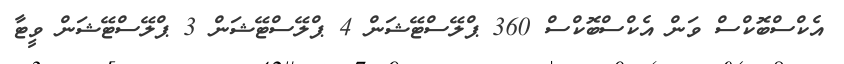
އެކްސްބޮކްސް ވަން އެކްސްބޮކްސް 360 ޕްލޭސްޓޭޝަން 4 ޕްލޭސްޓޭޝަން 3 ޕްލޭސްޓޭޝަން ވީޓާ